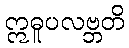
ဣဓူပလဗ္ဘတိ